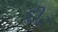
દીઢ